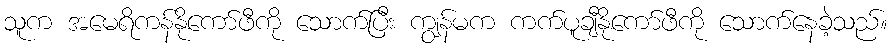
သူက အမေရိကန်နိုကော်ဖီကို သောက်ပြီး ကျွန်မက ကက်ပူချီနိုကော်ဖီကို သောက်နေခဲ့သည်။